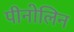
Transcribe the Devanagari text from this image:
पीनोलिन